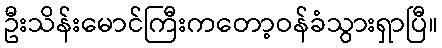
ဦးသိန်းမောင်ကြီးကတော့ဝန်ခံသွားရှာပြီ။